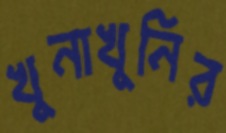
খুনাখুনির